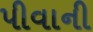
પીવાની